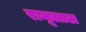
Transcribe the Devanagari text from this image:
रामूलाल